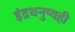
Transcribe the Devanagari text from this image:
इंद्रधनुष्यही